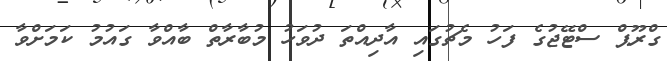
ގްރޫޕް ސްޓޭޖުގެ ފަހު މެޗުގައި އާދިއްތަ ދުވަހު މުބާރާތް ބާއްވާ ގައުމު ކަމަށްވާ